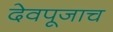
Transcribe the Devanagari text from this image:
देवपूजाच